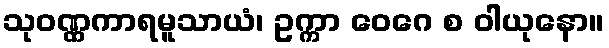
သုဝဏ္ဏကာရမူသာယံ၊ ဥက္ကာ ဝေဂေ စ ဝါယုနော။